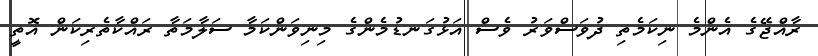
ރާއްޖޭގެ އެންމެ ނިކަމެތި ދުވަސްވަރު ވެސް އަޅުގަނޑުމެންގެ މިނިވަންކަމާ ސަލާމަތާ ރައްކާތެރިކަން އޮތީ